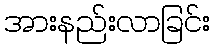
အားနည်းလာခြင်း